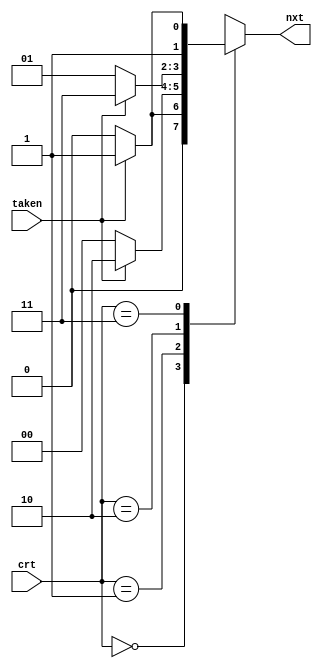
//2bit
module transformer_2bit (
    input       [1:0] crt,
    output reg  [1:0] nxt,
    input       taken
);
    parameter S_NTK=2'b00,W_NTK=2'b01,W_TAK=2'b10,S_TAK = 2'b11;

    always @(*) begin
        case(crt)
            S_NTK: begin
                if(taken)   nxt = W_NTK;
                else        nxt = S_NTK;
            end
            W_NTK: begin
                if(taken)   nxt = W_TAK;
                else        nxt = S_NTK;
            end
            W_TAK: begin
                if(taken)   nxt = S_TAK;
                else        nxt = W_NTK;
            end
            S_TAK: begin
                if(taken)   nxt = S_TAK;
                else        nxt = W_TAK;
            end
        endcase
    end
endmodule